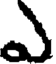
ఎ